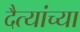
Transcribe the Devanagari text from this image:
दैत्यांच्या